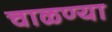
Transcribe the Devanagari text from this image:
चाळण्या